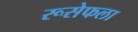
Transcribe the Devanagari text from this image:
रूसेफला